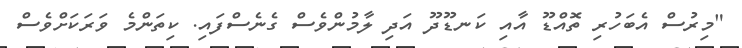
"މިރުސް އެބަހުރި ތޮއްޑޫ އާއި ކަނޑޫދޫ އަދި ލާމުންވެސް ގެނެސްފައި. ކިތަންމެ ވަރަކަށްވެސް